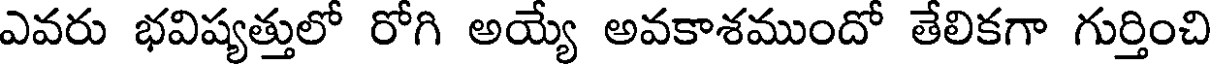
ఎవరు భవిష్యత్తులో రోగి అయ్యే అవకాశముందో తేలికగా గుర్తించి